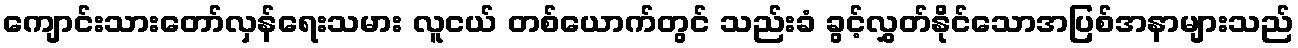
ကျောင်းသားတော်လှန်ရေးသမား လူငယ် တစ်ယောက်တွင် သည်းခံ ခွင့်လွှတ်နိုင်သောအပြစ်အနာများသည်